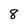
Character: 8